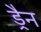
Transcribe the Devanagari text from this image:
ड्रैन